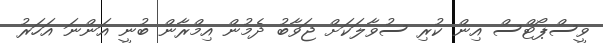
ވީސްޕޯޓްސް އިން ކުރި ސުވާލަކަށް ޖަވާބު ދެމުން އިމްރާން ބުނީ އަންނަ އަހަރު